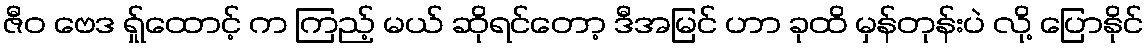
ဇီဝ ဗေဒ ရ်ှုထောင့် က ကြည့် မယ် ဆိုရင်တော့ ဒီအမြင် ဟာ ခုထိ မှန်တုန်းပဲ လို့ ပြောနိုင်